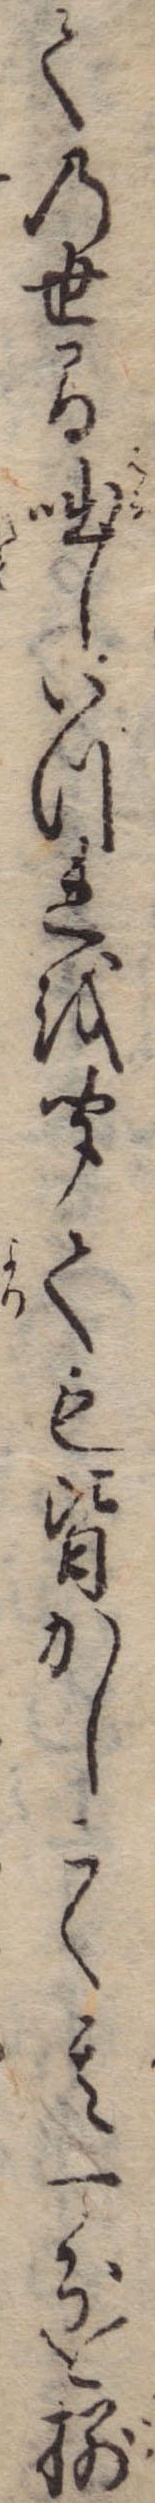
ての世間咄しいつれを聞ても皆かしこく其一分を捌